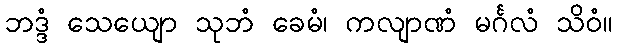
ဘဒ္ဒံ သေယျော သုဘံ ခေမံ၊ ကလျာဏံ မင်္ဂလံ သိဝံ။